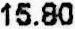
15.80